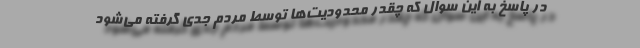
در پاسخ به این سوال که چقدر محدودیت‌ها توسط مردم جدی گرفته می‌شود